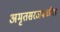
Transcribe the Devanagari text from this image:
अमृतसरजवळील